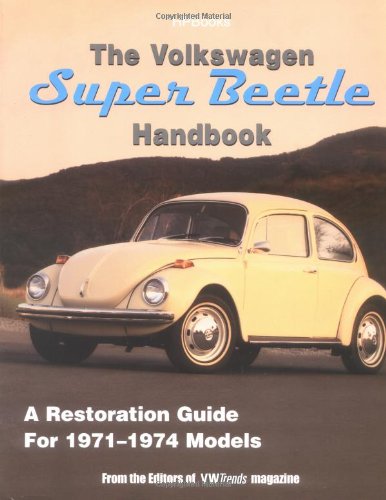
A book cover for The Volkswagen Super Beetle Handbook HP1483: A Restoration Guide For 1971-1974 Models; Editors of VW Trends Magazine; Engineering & Transportation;